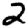
Digit: 2